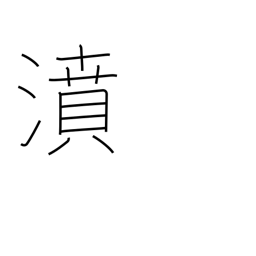
Meaning: gush forth